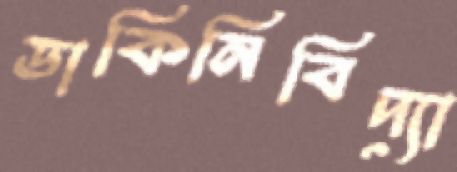
ডাকিনিবিদ্যা